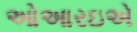
ઓઆરઇએ